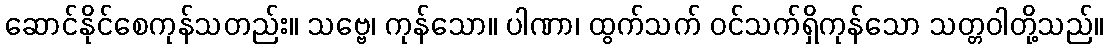
ဆောင်နိုင်စေကုန်သတည်း။ သဗ္ဗေ၊ ကုန်သော။ ပါဏာ၊ ထွက်သက် ဝင်သက်ရှိကုန်သော သတ္တဝါတို့သည်။